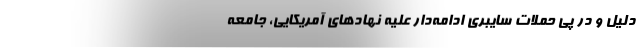
دلیل و در پی حملات سایبری ادامه‌دار علیه نهادهای آمریکایی، جامعه